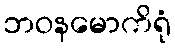
ဘဝနမောကိရုံ